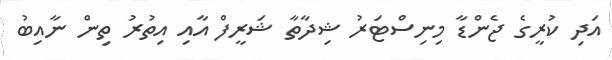
އަދި ކުރީގެ ޖެންޑާ މިނިސްޓަރު ޝިދާތާ ޝަރީފް އާއި އިތުރު ތިން ނާއިބު